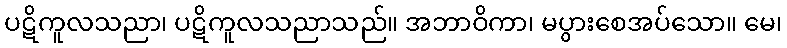
ပဋိကူလသညာ၊ ပဋိကူလသညာသည်။ အဘာဝိကာ၊ မပွားစေအပ်သော။ မေ၊